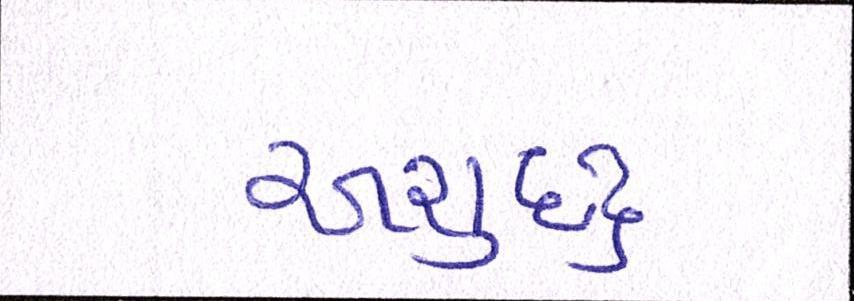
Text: અશુદ્ધ